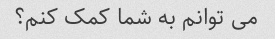
می توانم به شما کمک کنم؟